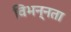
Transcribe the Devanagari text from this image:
विभन्नता